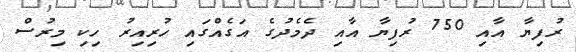
ރުފިޔާ އާއި 750 ރުފިޔާ އާއި ދެމެދުގެ އަގެއްގައި ހުރިއިރު ހިކި މިރުސް